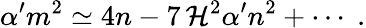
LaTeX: \alpha^{\prime}m^{2}\simeq4n-7\, \mathcal{H}^{2}\alpha^{\prime}n^{2}+\cdots\; .